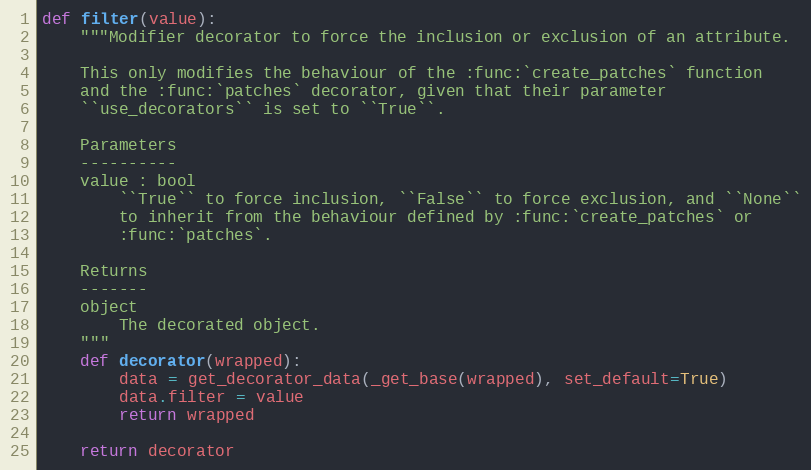
Language: Python
def filter(value):
    """Modifier decorator to force the inclusion or exclusion of an attribute.

    This only modifies the behaviour of the :func:`create_patches` function
    and the :func:`patches` decorator, given that their parameter
    ``use_decorators`` is set to ``True``.

    Parameters
    ----------
    value : bool
        ``True`` to force inclusion, ``False`` to force exclusion, and ``None``
        to inherit from the behaviour defined by :func:`create_patches` or
        :func:`patches`.

    Returns
    -------
    object
        The decorated object.
    """
    def decorator(wrapped):
        data = get_decorator_data(_get_base(wrapped), set_default=True)
        data.filter = value
        return wrapped

    return decorator